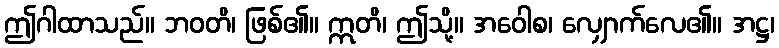
ဤဂါထာသည်။ ဘဝတိ၊ ဖြစ်၏။ ဣတိ၊ ဤသို့။ အဝေါစ၊ လျှောက်လေ၏။ အဋ္ဌ၊